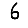
Digit: 6